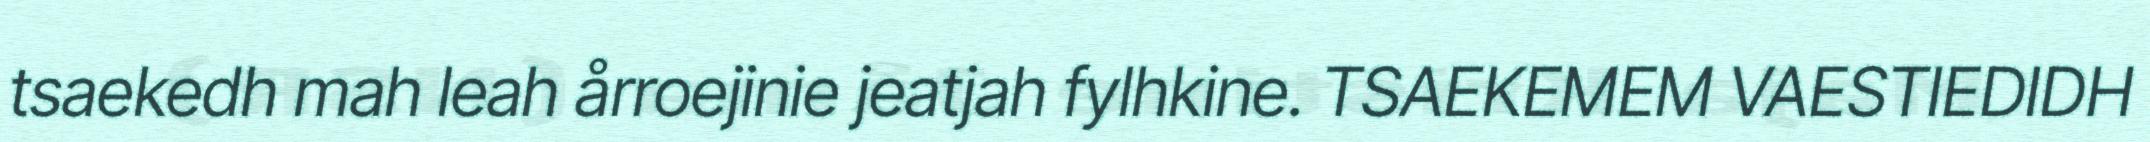
tsaekedh mah leah årroejinie jeatjah fylhkine. TSAEKEMEM VAESTIEDIDH